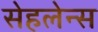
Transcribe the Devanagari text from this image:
सेहलेन्स